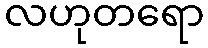
လဟုတရော